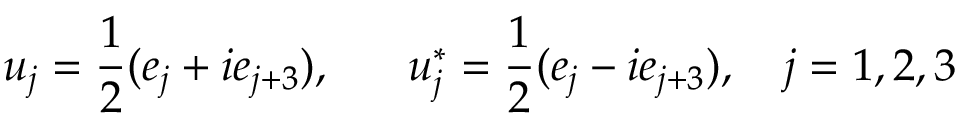
u _ { j } = \frac { 1 } { 2 } ( e _ { j } + i e _ { j + 3 } ) , ~ ~ ~ ~ ~ u _ { j } ^ { * } = \frac { 1 } { 2 } ( e _ { j } - i e _ { j + 3 } ) , ~ ~ ~ j = 1 , 2 , 3